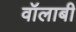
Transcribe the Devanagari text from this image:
वॉलाबी